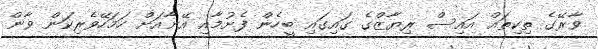
ވާރޭގެ ތިކިތައް އައިސް ރިޔާޒްގެ ގައިގައި ބީހެން ފެށުމާއި އޭނާއަށް ހަމަހޭވެރިކަން ވާން